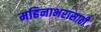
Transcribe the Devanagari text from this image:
महिनाभरासाठी